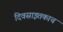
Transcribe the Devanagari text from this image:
दिवसाइतकाच